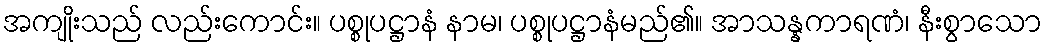
အကျိုးသည် လည်းကောင်း။ ပစ္စုပဋ္ဌာနံ နာမ၊ ပစ္စုပဋ္ဌာနံမည်၏။ အာသန္နကာရဏံ၊ နီးစွာသော